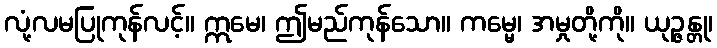
လုံ့လမပြုကုန်လင့်။ ဣမေ၊ ဤမည်ကုန်သော။ ကမ္မေ၊ အမှုတို့ကို။ ယုဉ္ဇန္တု၊